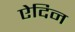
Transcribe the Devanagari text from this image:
ऐदिन